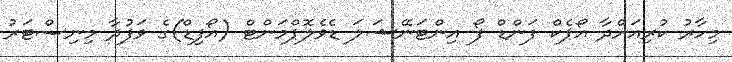
މިހާރު ކުރިއަށްދާ އޯޕެކް ފަންޑް ފޯ އިންޓަނޭޝަލަ ޑެވެލޮޕްމަންޓް (އޯފިޑް)ގެ ވަފުދާ މިނިސްޓަރު